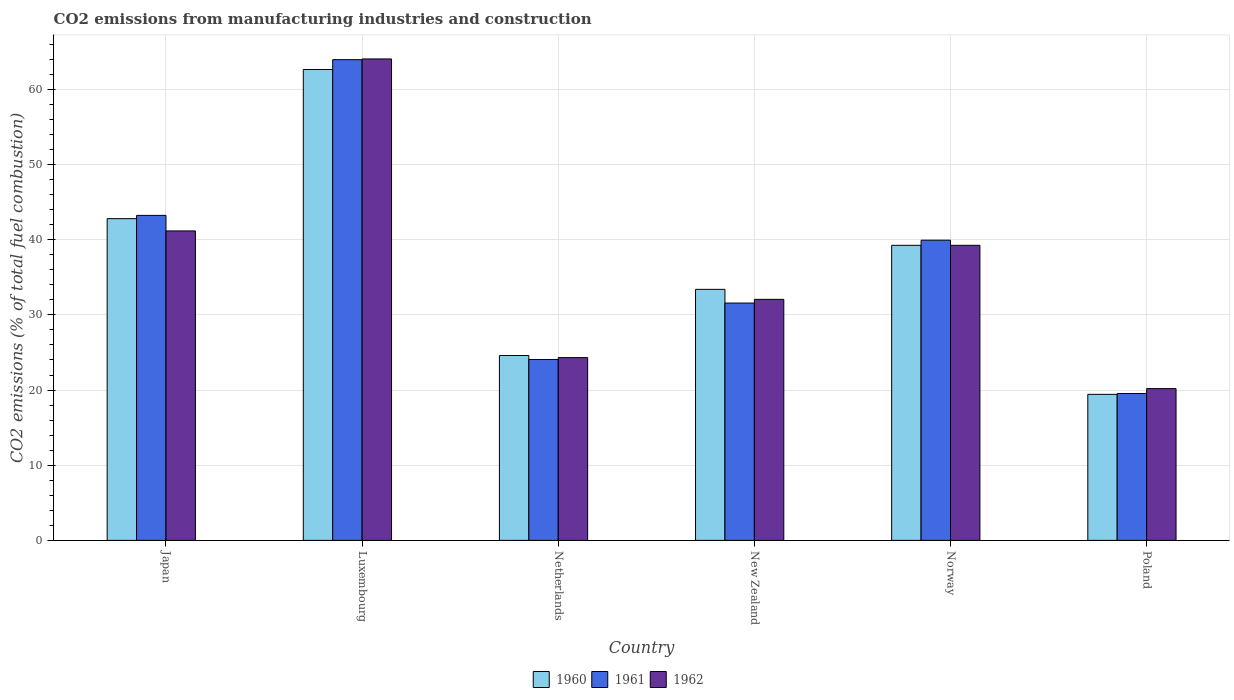
| Country | 1960 | 1961 | 1962 |
 | --- | --- | --- | --- |
 | Japan | 42.8 | 43.2 | 41.2 |
 | Luxembourg | 62.6 | 64 | 64 |
 | Netherlands | 24.6 | 24.1 | 24.3 |
 | New Zealand | 33.4 | 31.6 | 32.1 |
 | Norway | 39.3 | 39.9 | 39.3 |
 | Poland | 19.4 | 19.5 | 20.2 |